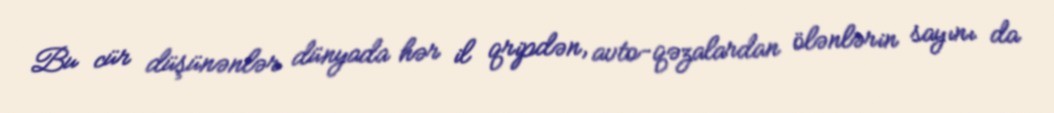
Bu cür düşünənlər dünyada hər il qripdən, avto-qəzalardan ölənlərin sayını da